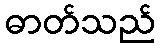
ဓာတ်သည်